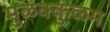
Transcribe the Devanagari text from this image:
मुळक्कुळम